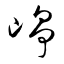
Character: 崢